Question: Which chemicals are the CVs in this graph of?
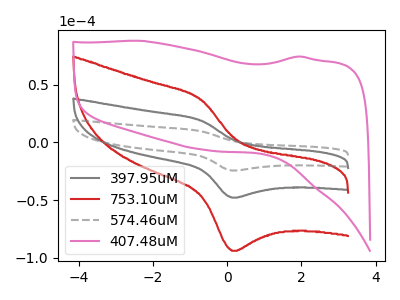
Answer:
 <answer>The gray curve is labeled "397.95uM". The red curve is labeled "753.10uM". The gray dashed curve is labeled "574.46uM". The pink curve is labeled "407.48uM".</answer>
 <eval></eval>